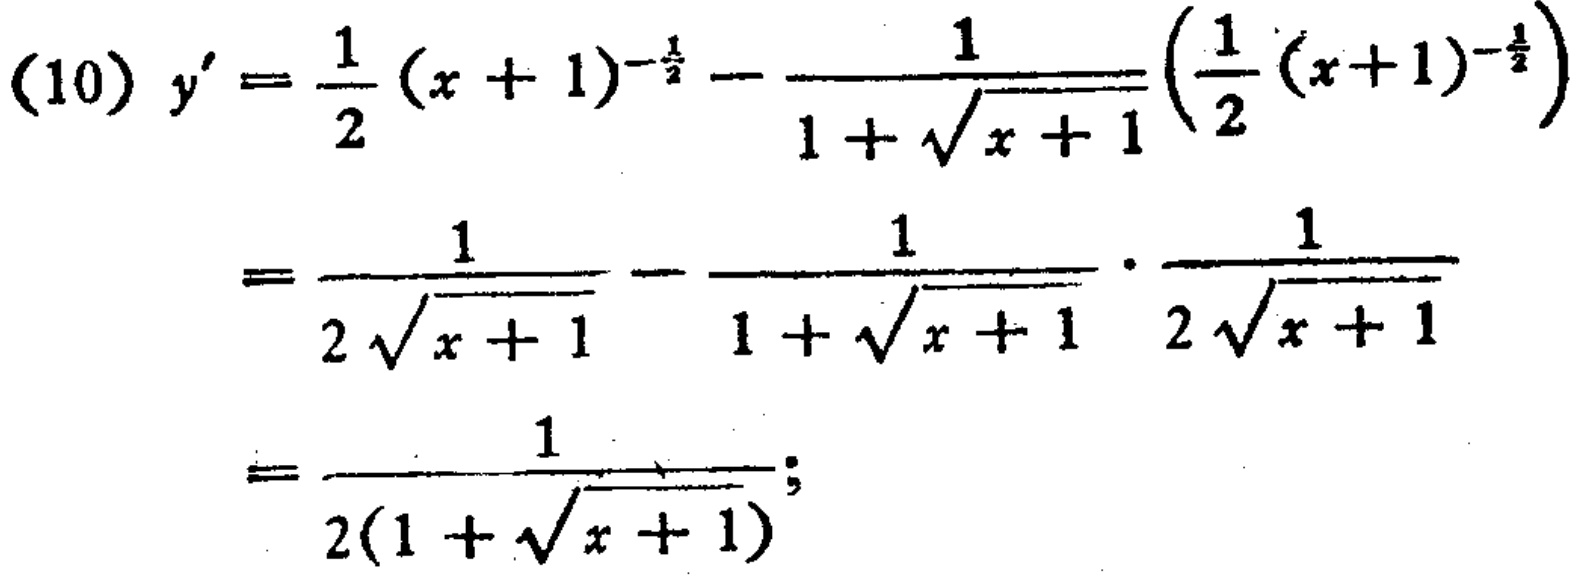
\[
\begin{align*}
(10)\ y'&=\frac{1}{2}(x + 1)^{-\frac{1}{2}}-\frac{1}{1+\sqrt{x + 1}}\left(\frac{1}{2}(x + 1)^{-\frac{1}{2}}\right)\\
&=\frac{1}{2\sqrt{x + 1}}-\frac{1}{1+\sqrt{x + 1}}\cdot\frac{1}{2\sqrt{x + 1}}\\
&=\frac{1}{2(1+\sqrt{x + 1})};
\end{align*}
\]